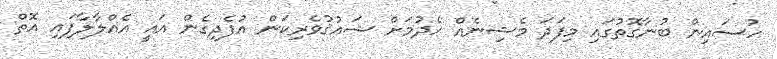
ހުސައިން ބުނާގޮތުގައި މިފަދަ މެޝިނެއް ހެދުމަށް ޝައުޤުވެރިކަން އުފެދިގެން އައީ އެއްލާލާފައި އޮތް